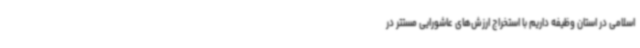
اسلامی در استان وظیفه داریم با استخراج ارزش‌های عاشورایی مستتر در